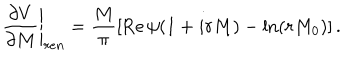
\left. \frac { \partial V } { \partial M } \right| _ { r e n } = \frac { M } { \pi } \left[ \mathrm { R e } \, \psi ( 1 + i r M ) - \ln ( r M _ { 0 } ) \right] . \label 9